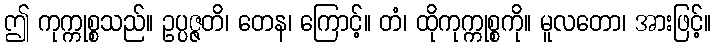
ဤ ကုက္ကုစ္စသည်။ ဥပ္ပဇ္ဇတိ၊ တေန၊ ကြောင့်။ တံ၊ ထိုကုက္ကုစ္စကို။ မူလတော၊ အားဖြင့်။